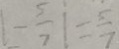
\vert - \frac { 5 } { 7 } \vert = \frac { 5 } { 7 }